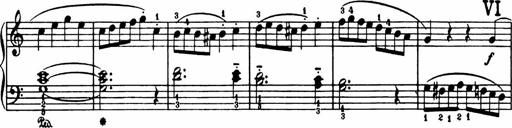
Title: Analytical Sonatinas
Composer: Frank Lynes